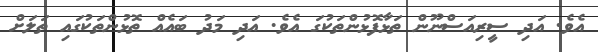
އެވެ. އަދި ސީރިއަސްނޫން ތަޅާފޮޅުންތަކުގަ އެވެ. އަދި މަދު ބައެއް ތޮޅުންތަކުގައި ތަލަށް